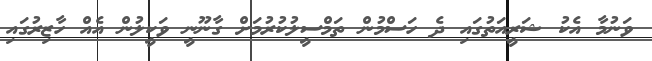
ވަނުމާ އެކު ޝަރީއަތުގައި ދެ ހަސްމުން ތަމްސީލުކުރުމަށް ގާނޫނީ ވަކީލުން އެއް ހާޒިރުގައި